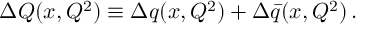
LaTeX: \Delta { \cal Q } ( x , Q ^ { 2 } ) \equiv \Delta q ( x , Q ^ { 2 } ) + \Delta \bar { q } ( x , Q ^ { 2 } ) \, .